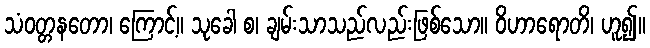
သံဝတ္တနတော၊ ကြောင့်။ သုခေါ စ၊ ချမ်းသာသည်လည်းဖြစ်သော။ ဝိဟာရောတိ၊ ဟူ၍။